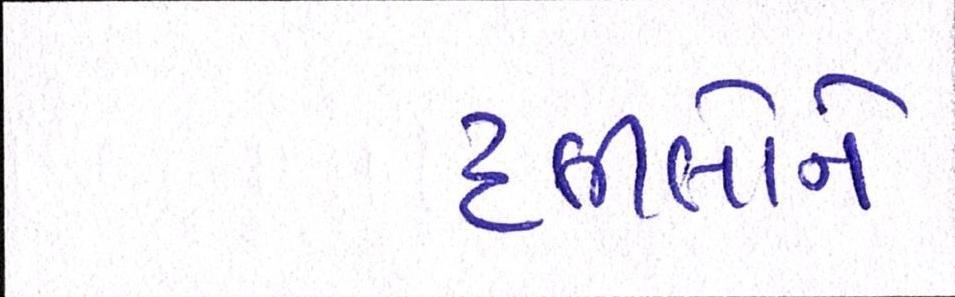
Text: દલીલોને